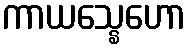
ကာယသ္နေဟော